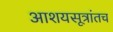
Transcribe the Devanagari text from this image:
आशयसूत्रांतच